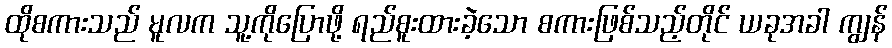
ထိုစကားသည် မူလက သူ့ကိုပြောဖို့ ရည်စူးထားခဲ့သော စကားဖြစ်သည့်တိုင် ယခုအခါ ကျွန်